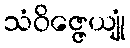
သံဝိဇ္ဇေယျုံ